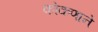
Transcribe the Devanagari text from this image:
कोकणाने